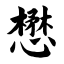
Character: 懋